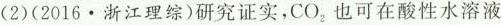
(2)(2016·浙江理综)研究证实，CO_{2}也可在酸性水溶液